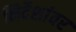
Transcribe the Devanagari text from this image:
निर्देशांवर